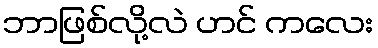
ဘာဖြစ်လို့လဲ ဟင် ကလေး